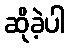
ဆိုခဲ့ပါ